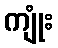
ကျုံး